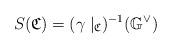
LaTeX: \begin{align*}S (\mathfrak{C}) = (\gamma\mid_{\mathfrak{C}})^{-1} (\mathbb{G}^{\vee})\end{align*}